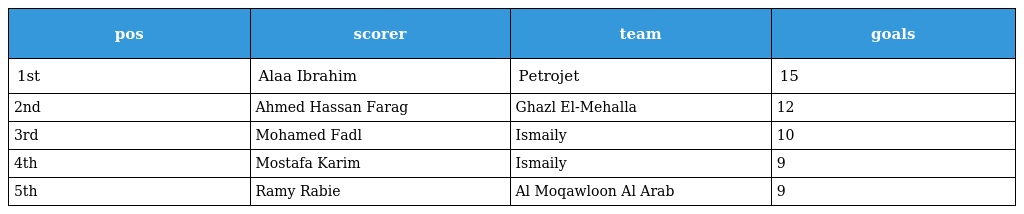
| pos | scorer | team | goals |
 | --- | --- | --- | --- |
 | 1st | Alaa Ibrahim | Petrojet | 15 |
 | 2nd | Ahmed Hassan Farag | Ghazl El-Mehalla | 12 |
 | 3rd | Mohamed Fadl | Ismaily | 10 |
 | 4th | Mostafa Karim | Ismaily | 9 |
 | 5th | Ramy Rabie | Al Moqawloon Al Arab | 9 |